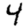
Digit: 4